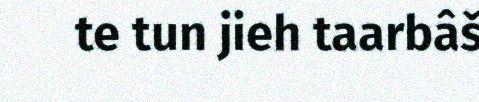
te tun jieh taarbâš